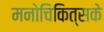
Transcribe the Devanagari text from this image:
मनोचिकित्सके